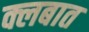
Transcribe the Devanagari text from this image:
क्लबात